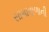
સામાવાળાની